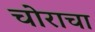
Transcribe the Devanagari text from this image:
चोराचा